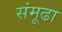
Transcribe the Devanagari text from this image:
संमूढा